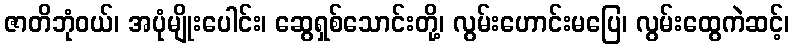
ဇာတိဘုံဝယ်၊ အပုံမျိုးပေါင်း၊ ဆွေရှစ်သောင်းတို့၊ လွမ်းဟောင်းမပြေ၊ လွမ်းထွေကဲဆင့်၊